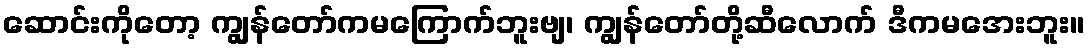
ဆောင်းကိုတော့ ကျွန်တော်ကမကြောက်ဘူးဗျ၊ ကျွန်တော်တို့ဆီလောက် ဒီကမအေးဘူး။